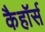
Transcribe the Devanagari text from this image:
कैहॉर्स